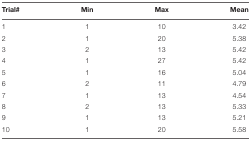
<table><thead><tr><td><b>Trial#</b></td><td><b>Min</b></td><td><b>Max</b></td><td><b>Mean</b></td></tr></thead><tbody><tr><td>1</td><td>1</td><td>10</td><td>3.42</td></tr><tr><td>2</td><td>1</td><td>20</td><td>5.38</td></tr><tr><td>3</td><td>2</td><td>13</td><td>5.42</td></tr><tr><td>4</td><td>1</td><td>27</td><td>5.42</td></tr><tr><td>5</td><td>1</td><td>16</td><td>5.04</td></tr><tr><td>6</td><td>2</td><td>11</td><td>4.79</td></tr><tr><td>7</td><td>1</td><td>13</td><td>4.54</td></tr><tr><td>8</td><td>2</td><td>13</td><td>5.33</td></tr><tr><td>9</td><td>1</td><td>13</td><td>5.21</td></tr><tr><td>10</td><td>1</td><td>20</td><td>5.58</td></tr></tbody></table>